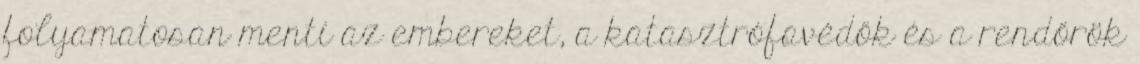
folyamatosan menti az embereket, a katasztrófavédők és a rendőrök